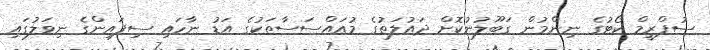
ސުޕްރީމް ކޯޓުގެ ނިންމުން ގަބޫލުނުކޮށް ދައުލަތުގެ މުއައްސަސާތަކުގެ އަޑު ނާހައި ސިފައިންގެ ނިވަލުގައި